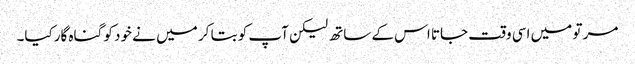
مر تو میں اسی وقت جاتا اس کے ساتھ لیکن آپ کو بتا کر میں نے خود کو گناہ گارکیا۔